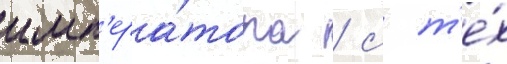
имп'ера́тора / с т'е́х